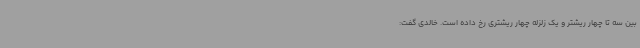
بین سه تا چهار ریشتر و یک زلزله چهار ریشتری رخ داده است. خالدی گفت: